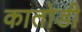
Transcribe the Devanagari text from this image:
कातोडी